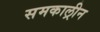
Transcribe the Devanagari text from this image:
समकाल्रीन